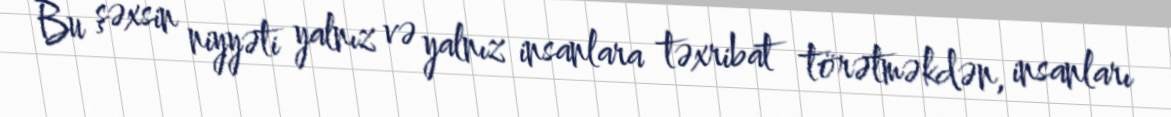
Bu şəxsin niyyəti yalnız və yalnız insanlara təxribat törətməkdən, insanları